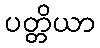
ပတ္တိယာ